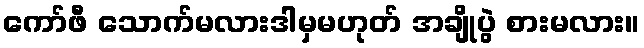
ကော်ဖီ သောက်မလားဒါမှမဟုတ် အချိုပွဲ စားမလား။